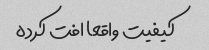
کیفیت واقعا افت کرده